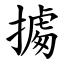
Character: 㩀